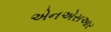
એનએસઆર